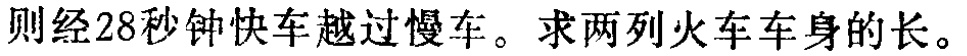
则经28秒钟快车越过慢车。求两列火车车身的长。